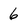
Character: 6